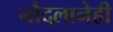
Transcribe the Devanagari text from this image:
नौदलानेही